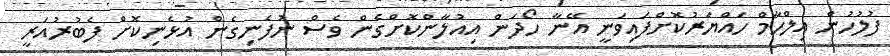
ފުލުހުން އިލްހާމް ހައްޔަރުކޮށްފައިވަނީ އޭނާ ހޯދަން އިއުލާންކޮށްގެން ވެސް ނުފެނިގެން އުޅެނިކޮށް ފެބުރުއަރީ